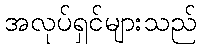
အလုပ်ရှင်များသည်